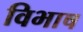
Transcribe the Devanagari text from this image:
विभाष